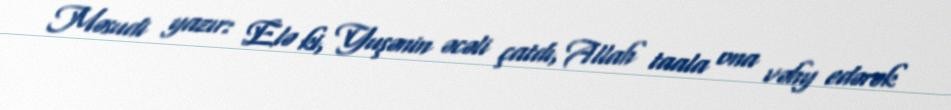
Məsudi yazır: Elə ki, Yuşənin əcəli çatdı, Allah taala ona vəhy edərək